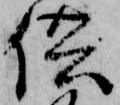
供